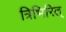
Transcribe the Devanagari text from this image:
त्रिभिरित्